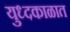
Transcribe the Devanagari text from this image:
युध्दकाळात